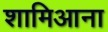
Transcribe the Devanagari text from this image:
शामिआना